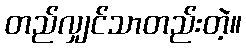
တည်လျှင်သာတည်းတဲ့။